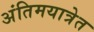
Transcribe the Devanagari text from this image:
अंतिमयात्रेत